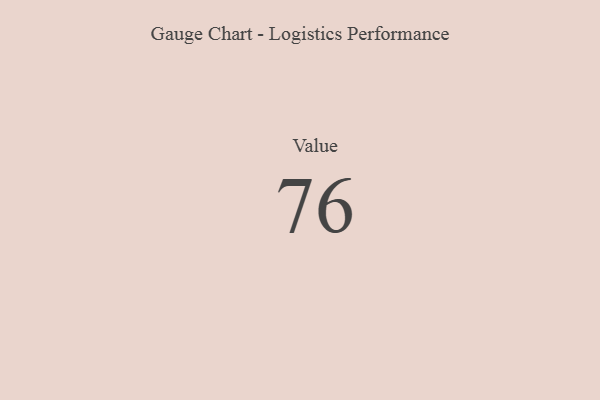
{"axis": {"x": "Metric", "y": "Value"}, "legend": [""], "data": [{"x": "Value", "y": 76, "type": ""}]}